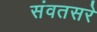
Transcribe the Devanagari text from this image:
संवतसरे